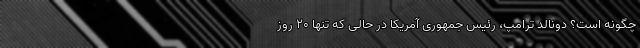
چگونه است؟ دونالد ترامپ، رئیس جمهوری آمریکا در حالی که تنها ۲۰ روز